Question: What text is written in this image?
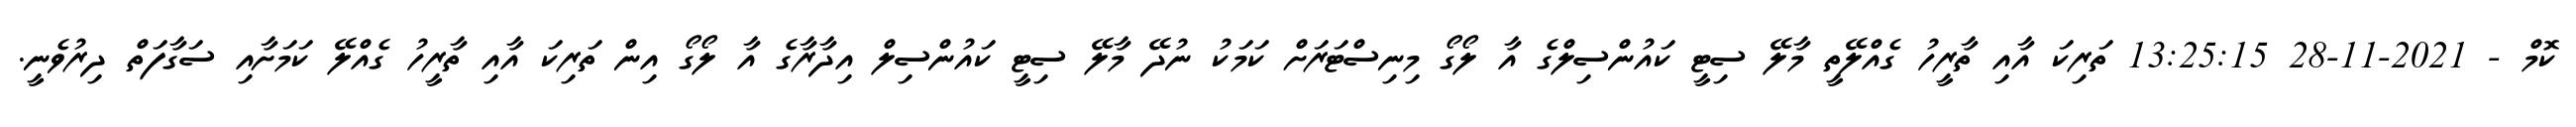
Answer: ކޮމް - 2021-11-28 13:25:15 ތަރިކަ އާއި ތާރީހު ގެއްލޭތީ މާލޭ ސިޓީ ކައުންސިލްގެ އާ ލޯގޯ މިނިސްޓަރަށް ކަމަކު ނުދޭ މާލޭ ސިޓީ ކައުންސިލް އިދާރާގެ އާ ލޯގޯ އިން ތަރިކަ އާއި ތާރީހު ގެއްލޭ ކަމަށާއި ސަގާފަތް ދިރުވެނީ.